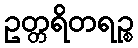
ဥတ္တရိတရဉ္စ